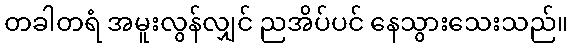
တခါတရံ အမူးလွန်လျှင် ညအိပ်ပင် နေသွားသေးသည်။